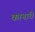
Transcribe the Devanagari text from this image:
कानांचे